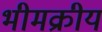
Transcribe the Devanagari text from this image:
भीमक्रीय